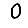
Digit: 0